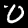
Digit: 0